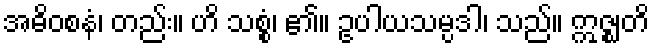
အဓိဝစနံ၊ တည်း။ ဟိ သစ္စံ၊ ၏။ ဥပါယသမ္ပဒါ၊ သည်။ ဣဇ္ဈတိ